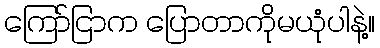
ကြော်ငြာက ပြောတာကိုမယုံပါနဲ့။